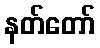
နတ်တော်